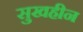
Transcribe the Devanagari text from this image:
सुखहीन